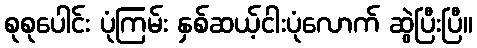
စုစုပေါင်း ပုံကြမ်း နှစ်ဆယ့်ငါးပုံလောက် ဆွဲပြီးပြီ။